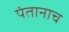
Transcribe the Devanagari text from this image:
पंतानाच